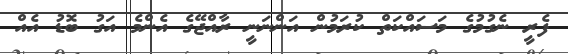
ފެރީ ނެގުމުގެ މަސައްކަތް ކުރަމުން އަންނަނީ ރާއްޖޭގެ އެންމެ އަގު ބޮޑު އެއް